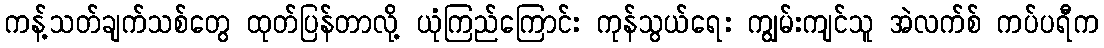
ကန့်သတ်ချက်သစ်တွေ ထုတ်ပြန်တာလို့ ယုံကြည်ကြောင်း ကုန်သွယ်ရေး ကျွမ်းကျင်သူ အဲလက်စ် ကပ်ပရီက